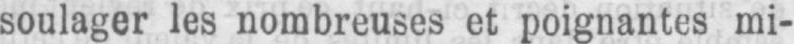
soulager les nombreuses et poignantes mi-